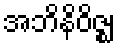
အဘိနိဝိဇ္ဈ